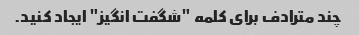
چند مترادف برای کلمه "شگفت انگیز" ایجاد کنید.